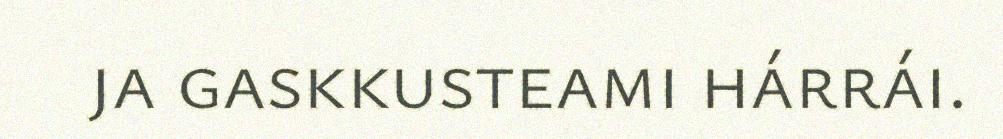
ja gaskkusteami hárrái.